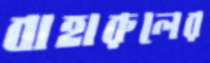
বাহারুলের